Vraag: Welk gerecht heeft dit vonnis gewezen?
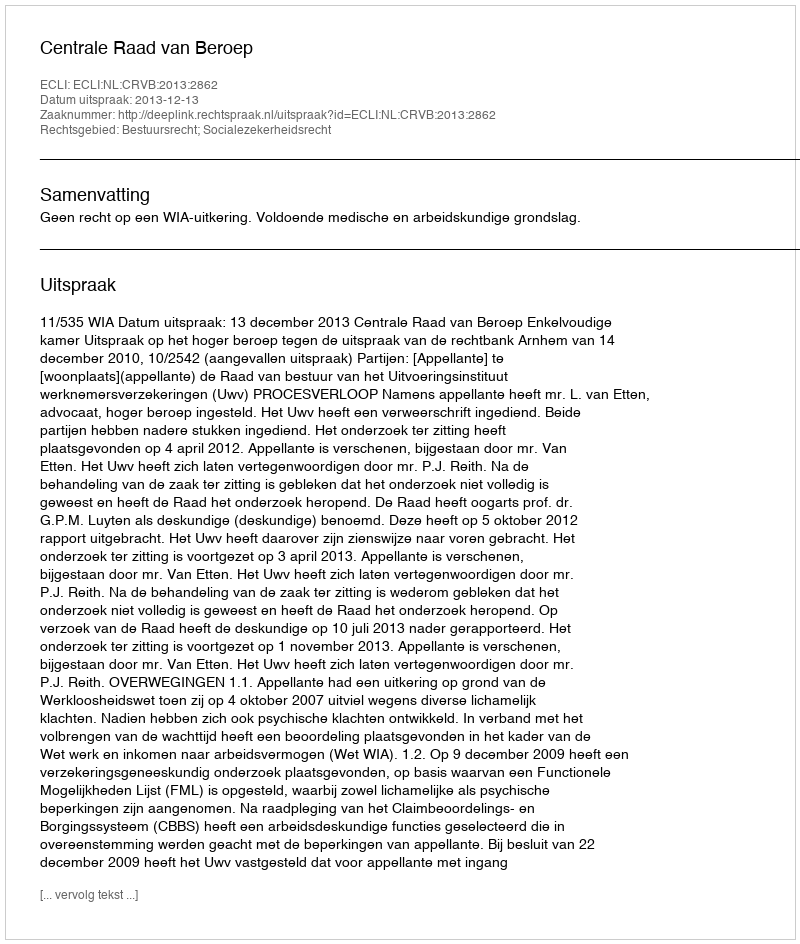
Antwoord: Centrale Raad van Beroep